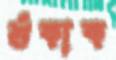
শুঁকাক